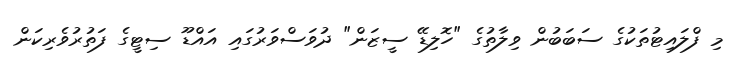
މި ފްލައިޓުތަކުގެ ސަބަބުން ވިލާތުގެ "ހޮލިޑޭ ސީޒަން" ދުވަސްވަރުގައި އައްޑޫ ސިޓީގެ ފަތުރުވެރިކަން